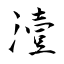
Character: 潱